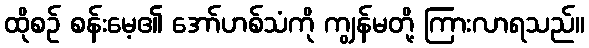
ထိုစဉ် စန်းမေ့၏ အော်ဟစ်သံကို ကျွန်မတို့ ကြားလာရသည်။